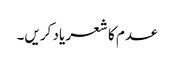
عدم کا شعر یاد کریں۔